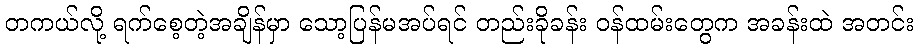
တကယ်လို့ ရက်စေ့တဲ့အချိန်မှာ သော့ပြန်မအပ်ရင် တည်းခိုခန်း ဝန်ထမ်းတွေက အခန်းထဲ အတင်း